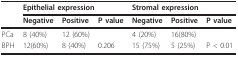
<table><thead><tr><td></td><td colspan="3"><b>Epithelial expression</b></td><td colspan="3"><b>Stromal expression</b></td></tr><tr><td></td><td><b>Negative</b></td><td><b>Positive</b></td><td><b>P value</b></td><td><b>Negative</b></td><td><b>Positive</b></td><td><b>P value</b></td></tr></thead><tbody><tr><td>PCa</td><td>8 (40%)</td><td>12 (60%)</td><td></td><td>4 (20%)</td><td>16(80%)</td><td></td></tr><tr><td>BPH</td><td>12(60%)</td><td>8 (40%)</td><td>0.206</td><td>15 (75%)</td><td>5 (25%)</td><td>P &lt; 0.01</td></tr></tbody></table>